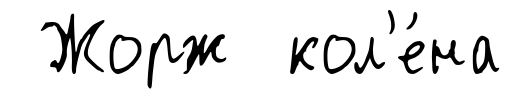
Жорж кол'е́на